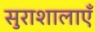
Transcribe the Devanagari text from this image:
सुराशालाएँ